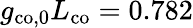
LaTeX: g_{\mathrm{co,0}}L_{\mathrm{co}}=0.782